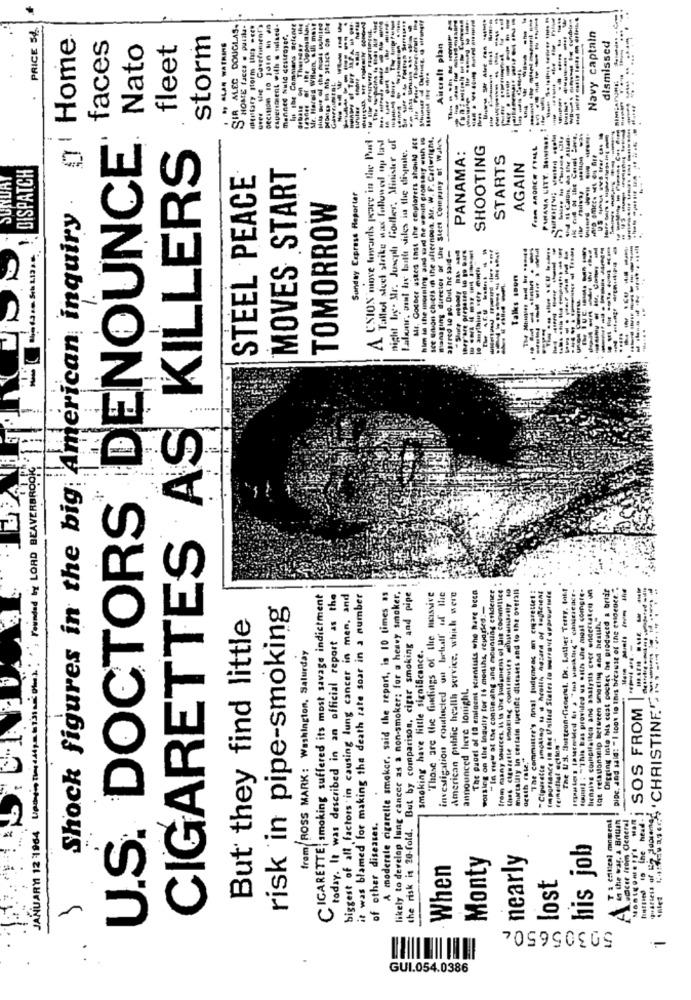
-----
- ------
PRICE 5%.
SIR ALEC DOUGLAS-
HOME facts . pull-
over the Cavefuient's
experiment with s mulsed-
In the Commons selente
Mr. Harold Wilson, s.il. moit
------
------
--------
Home
faces
storm
menned Nuld destroyer.
-------
Navy captain
Nato
fleet
Aircraft plan
---
-----
-- ----
dismissed
U.S. DOCTORS DENOUNCE
UNION move hrards peare in the Pur
Tallet sieel strike was followed up las
night by. Mr. Juseph fiodler. Minister ul
Mr. Godber usted inst the cexplorers should act
him in the morning, zad sard ne sosin cronsaif wish io
sce Gon chieis in the afternoon. Mr. W. F. Carterigne,
managing director of the Sieet Company of Wales.
PANAMA CITY. ......
-----
14 Calais, da thie allan-
0
CIGARETTES AS KILLERS
Lalunr, at lay baath sites in the dispute.
SHOOTING
PANAMA:
STARTS
DISPATCH
MOVES START
AGAIN
STEEL PEACE
.
Sunday Caprese Reporter
Shock figures in the big American inquiry
TOMORROW
23fred to po. Dut he said-
------
--
------
Talks soon
--
Founded by LORD BEAVERBROOjG
The panel of 10 eminent scientists who have been
"In view of the conunaing and mounting eridence
from many sources, It is the Judgment of Uit covmilice
mortality in certain Ipetide diseases and to the overals
The committee's nal judgment an cigarette! :
The US. lurteon.Cienerul. Dr. Luthier Terry. tatt "
found] : "This bas provided us with the most compte-
Digging inte his coat cockes be produced a bridir
pipe, and said: " I toot to this brcause of the evidence. .
CIGARETTE; smoking suffered its most savage indictment
today. It was described in an official report as the
biggest of all factors in causing lung cancer in men, and
it was blamed for making the death rate soar in a number
A moderate cigarette smoker, said the report, in 10 times as
likely to develop lung cancer as a non-smoker: for a heavy smoker.
the risk is 20-fold. But by comparison, cigar smoking and pipe
"Those are the findings of the missive
investigation contacted on behalf of the
American public health service, which were
lenaive compilation and analysis coer endertsten on
risk in pipe-smoking
working on the Inquiry for I6 months, reported :-
But they find little
lot relationship between smoting and health."
CHRISTINE"-
smoking have little significance.
frem ROSS MARK: Washington, Saturday
announced liere lonight.
SOS FROM
rate."
acath rate,"
T : cheal moment
in the wyg. A Bruin
Acacie from General
JANUARY 12 1964
of other diseases.
his job
Monty
nearly
When
lost
503056504
GUI. 054.0386